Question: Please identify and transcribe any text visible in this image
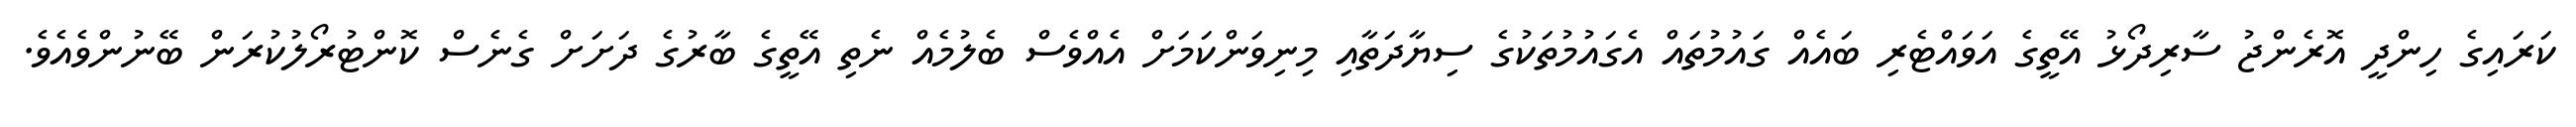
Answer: ކަރައިގެ ހިންދީ އޮރެންޖު ސާރިދޯޅު އޭތީގެ އަވައްޓެރި ބައެއް ގައުމުތައް އެގައުމުތަކުގެ ސިޔާދަތާއި މިނިވަންކަމަށް އެއްވެސް ބެލުމެއް ނެތި އޭތީގެ ބާރުގެ ދަށަށް ގެނެސް ކޮންޓުރޯލުކުރަން ބޭނުންވެއެވެ.